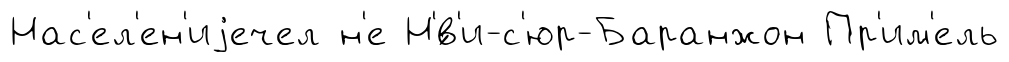
Нас'ел'ен'иjечел н'е Н'́в'и-с'юр-Баранжон Пр'им'ель